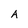
Character: A